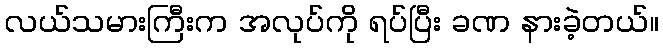
လယ်သမားကြီးက အလုပ်ကို ရပ်ပြီး ခဏ နားခဲ့တယ်။